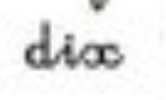
dix